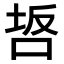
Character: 𭇸